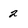
Character: 2